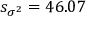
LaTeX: s _ { \sigma ^ { 2 } } = 4 6 . 0 7